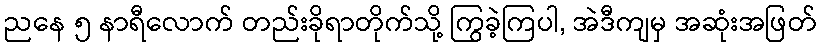
ညနေ ၅ နာရီလောက် တည်းခိုရာတိုက်သို့ ကြွခဲ့ကြပါ, အဲဒီကျမှ အဆုံးအဖြတ်